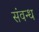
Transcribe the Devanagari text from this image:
संवन्ध